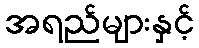
အရည်များနှင့်